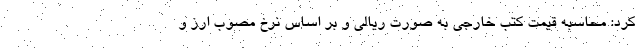
کرد: محاسبه قیمت کتب خارجی به صورت ریالی و بر اساس نرخ مصوب ارز و